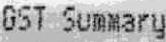
GST SUMMARY